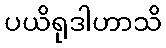
ပယိရုဒါဟာသိ